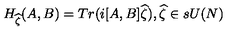
H _ { \widehat { \zeta } } ( A , B ) = T r ( i [ A , B ] \widehat { \zeta } ) , \widehat { \zeta } \in s U ( N ) \,